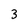
Character: 3